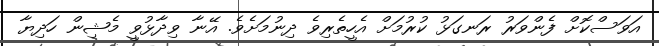
އަވަސްކޮށް ފެންވަރު ރަނގަޅު ކުރުމަށް އެހީތެރިވެ ދިނުމަށެވެ. އޭނާ ވިދާޅުވީ މެޝިން ހަދިޔާ